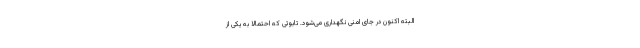
البته اکنون در جای امنی نگهداری می‌شود. تابوتی که احتمالا به یکی از